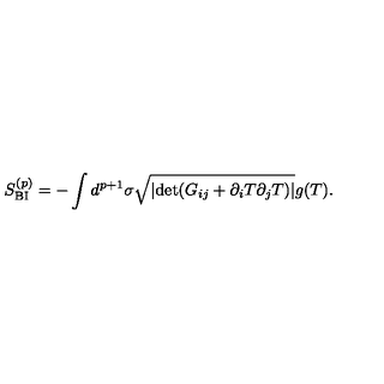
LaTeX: S _ { \mathrm { B I } } ^ { ( p ) } = - \int d ^ { p + 1 } \sigma \sqrt { | \mathrm { d e t } ( { G } _ { i j } + \partial _ { i } T \partial _ { j } T ) | } g ( T ) .